Leaving Certificate, 1898
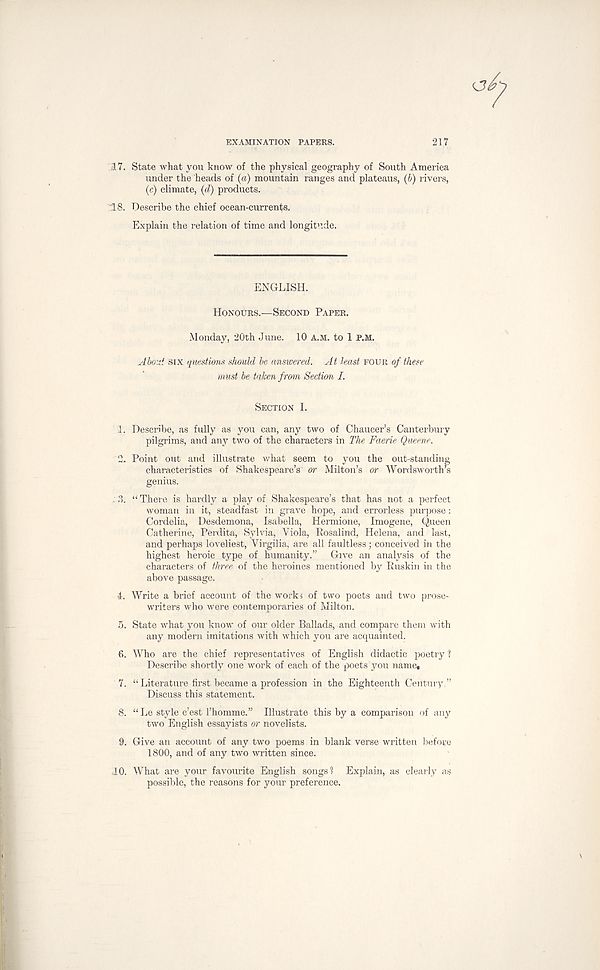
EXAMINATION PAPERS.
217
17. State what you know of the physical geography of South America
under the heads of (a) mountain ranges and plateaus, (b) rivers,
(c) climate, (d) products.
18. Describe the chief ocean-currents.
Explain the relation of time and longitude.
ENGLISH.
HONOURS.—SECOND PAPER.
Monday, 20th June. 10 A.M. to 1 P.M.
Abo:d six questions should be answered. At least FOUR of these
must be taken from Section I.
SECTION I.
1. Describe, as fully as you can, any two of Chaucer’s Canterbury
pilgrims, and any two of the characters in The Faerie Queene.
2. Point out and illustrate what seem to you the out-standing
characteristics of Shakespeare’s or Milton’s or Wordsworth’s
genius.
: ?>. “ There is hardly a play of Shakespeare’s that has not a perfect
woman in it, steadfast in grave hope, and errorless purpose:
Cordelia, Desdemona, Isabella, Hermione, Imogene, Queen
Catherine, Perdita, Sylvia, Viola, Rosalind, Helena, and last,
and perhaps loveliest, Virgilia, are all faultless; conceived in the
highest heroic type of humanity.” Give an analysis of the
characters of three of the heroines mentioned by Ruskin in the
above passage.
i. Write a brief account of the worki of two poets and two prose-
writers who were contemporaries of Milton.
5. State what you know of our older Ballads, and compare them with
any modern imitations with which you are acquainted.
6. Who are the chief representatives of English didactic poetry ?
Describe shortly one work of each of the poets you name,
7. “Literature first became a profession in the Eighteenth Century.”
Discuss this statement.
8. “ Le style c’est 1’homme.” Illustrate this by a comparison of any
two English essayists or novelists.
9. Give an account of any two poems in blank verse written before
1800, and of any two written since.
JO. What are your favourite English songs'? Explain, as clearly as
possible, the reasons for your preference.